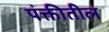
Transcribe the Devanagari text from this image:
पंक्तीतील